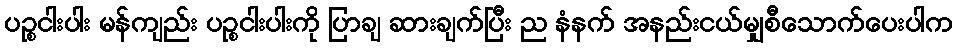
ပဉ္စငါးပါး မန်ကျည်း ပဉ္စငါးပါးကို ပြာချ ဆားချက်ပြီး ည နံနက် အနည်းငယ်မျှစီသောက်ပေးပါက